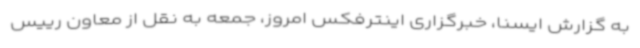
به گزارش ایسنا، خبرگزاری اینترفکس امروز، جمعه به نقل از معاون رییس